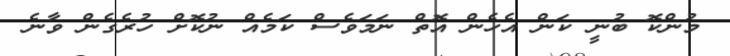
މުންކޮ ބުނީ ކަން އެހެން އޮތް ނަމަވެސް ކަމެއް ނުކޮށް ހުރެގެން ވާނެ